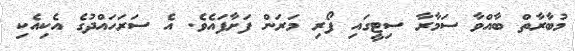
މުބާރާތް ބާއްވާ ސަމާރާ ސިޓީގައި ފޯރި މަރަން ފަށާފައެވެ. އެ ސަރަހައްދުގެ އެކިއެކި